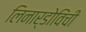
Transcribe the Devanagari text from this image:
लिनार्डोविंची